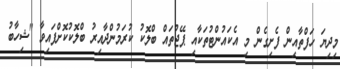
މިދިޔަ ހަފްތާއިން ފެށިގެން މި އެކައުންޓުތަކާއި ޕޭޖުތައް ބްލޮކު ކުރަމުންދާއިރު ބްލޮކުކޮށްފައިވާ "ޝިހާބު